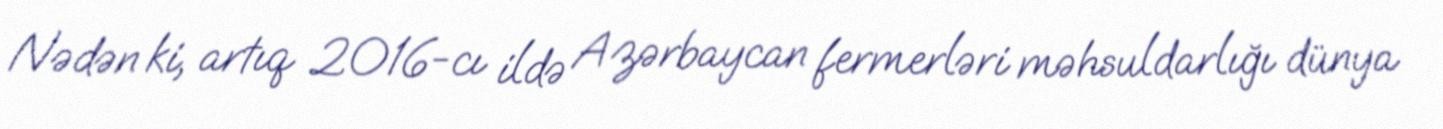
Nədən ki, artıq 2016-cı ildə Azərbaycan fermerləri məhsuldarlığı dünya